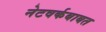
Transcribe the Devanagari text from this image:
नेटवर्कबाबत